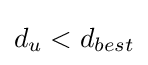
d_{u}<d_{best}